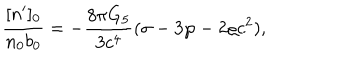
{ \frac { [ n ^ { \prime } ] _ { 0 } } { n _ { 0 } b _ { 0 } } } = - { \frac { 8 \pi G _ { 5 } } { 3 c ^ { 4 } } } ( \sigma - 3 \wp - 2 \varrho c ^ { 2 } ) ,